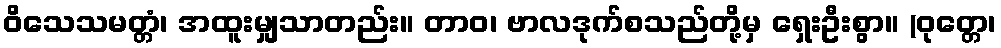
ဝိသေသမတ္တံ၊ အထူးမျှသာတည်း။ တာဝ၊ ဗာလဒုက်စသည်တို့မှ ရှေးဦးစွာ။ (ဝုတ္တေ၊